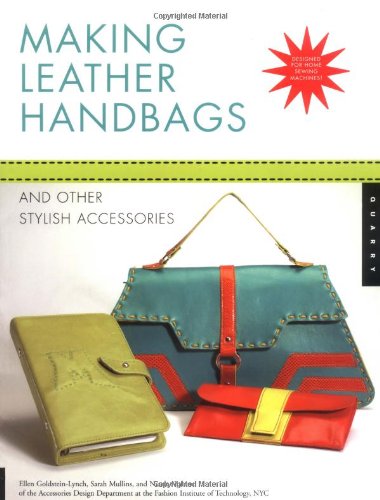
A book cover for Making Leather Handbags and Other Stylish Accessories; Ellen Goldstein-Lynch; Crafts, Hobbies & Home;